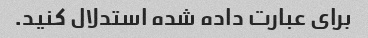
برای عبارت داده شده استدلال کنید.